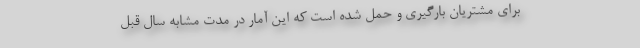
برای مشتریان بارگیری و حمل شده است که این آمار در مدت مشابه سال قبل